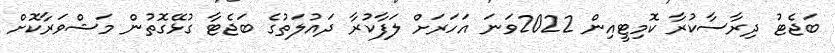
ބަޖެޓު ދިރާސާކުރާ ކޮމިޓީއިން 2022ވަނަ އަހަރަށް ލަފާކުރާ ދައުލަތުގެ ބަޖެޓާ ގުޅޭގޮތުން މަޝްވަރާކޮށް